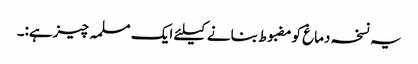
یہ نسخہ دماغ کومضبوط بنانے کیلئے ایک مسلمہ چیزہے:۔